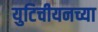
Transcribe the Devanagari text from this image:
युटिचीयनच्या